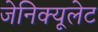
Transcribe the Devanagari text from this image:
जेनिक्यूलेट